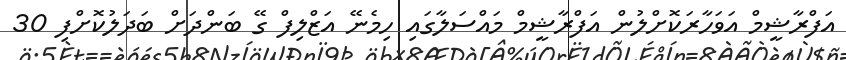
އަފްރާޝީމް އަވަހާރަކޮށްލުން އަފްރާޝީމް މައްސަލާގައި ހިމެނޭ އަޒްލިފް ގޭ ބަންދަށް ބަދަލުކޮށްފި 30